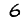
Digit: 6